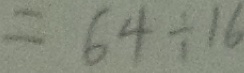
= 6 4 \div 1 6